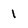
Character: 1